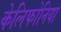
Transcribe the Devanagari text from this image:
केलिफोनिया